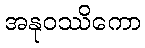
အနုဝဿိကော